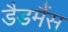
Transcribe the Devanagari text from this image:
डैडमैंस